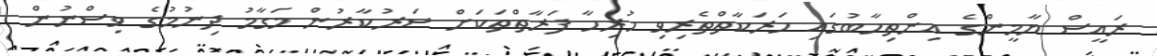
ރައީސް ޔާމީންގެ އިންތިހާބުގައި ހަރަކާތްތެރިވި ހުރިހާ ފަރާތްތަކަށް ސަރުކާރުން މަގާމު ދިނުމުގެ ވިސްނުން